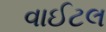
વાઈટલ